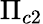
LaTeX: \Pi_{c2}